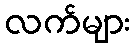
လက်များ